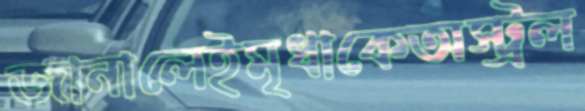
জানালেইমৃধাকেঅস্ট্রল